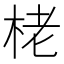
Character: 栳